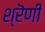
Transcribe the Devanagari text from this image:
श्रॆणी